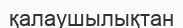
қалаушылықтан